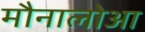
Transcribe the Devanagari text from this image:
मौनालोआ